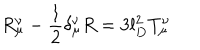
LaTeX: R _ { \mu } ^ { \nu } - \frac { 1 } { 2 } \delta _ { \mu } ^ { \nu } R = 3 l _ { D } ^ { 2 } T _ { \mu } ^ { \nu }